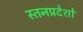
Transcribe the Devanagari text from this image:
स्तनप्रदेशों